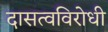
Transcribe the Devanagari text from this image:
दासत्वविरोधी